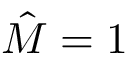
\hat { M } = 1